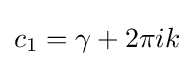
c_{1}=\gamma +2\pi ik